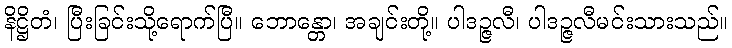
နိဋ္ဌိတံ၊ ပြီးခြင်းသို့ရောက်ပြီ။ ဘောန္တော၊ အချင်းတို့။ ပါဒဉ္ဇလီ၊ ပါဒဉ္ဇလီမင်းသားသည်။